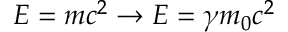
E = m c ^ { 2 } \rightarrow E = \gamma m _ { 0 } c ^ { 2 }